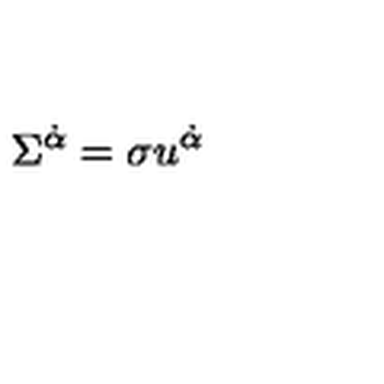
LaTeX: \Sigma ^ { \dot { \alpha } } = \sigma u ^ { \dot { \alpha } }